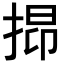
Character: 𢯤